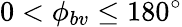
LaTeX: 0<\phi_{bv}\le 180^{\circ}